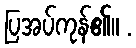
ပြအပ်ကုန်၏။ .